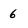
Character: 6